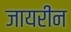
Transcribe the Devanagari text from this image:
जायरीन